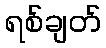
ရစ်ချတ်